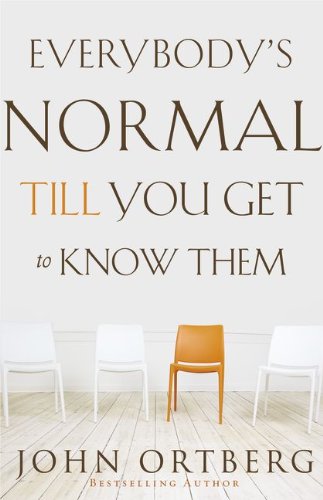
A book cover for Everybody's Normal Till You Get to Know Them; John Ortberg; Christian Books & Bibles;